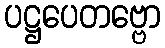
ပဋ္ဌပေတဗ္ဗော